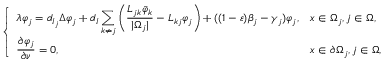
\left\{ \begin{array} { l l } { \displaystyle \lambda \varphi _ { j } = d _ { I _ { j } } \Delta \varphi _ { j } + d _ { I } \sum _ { k \neq j } \left( \frac { L _ { j k } \bar { \varphi } _ { k } } { | \Omega _ { j } | } - L _ { k j } \varphi _ { j } \right) + ( ( 1 - \varepsilon ) \beta _ { j } - \gamma _ { j } ) \varphi _ { j } , } & { x \in \Omega _ { j } , j \in \Omega , } \\ { \displaystyle \frac { \partial \varphi _ { j } } { \partial \nu } = 0 , } & { x \in \partial \Omega _ { j } , j \in \Omega , } \end{array} \right.